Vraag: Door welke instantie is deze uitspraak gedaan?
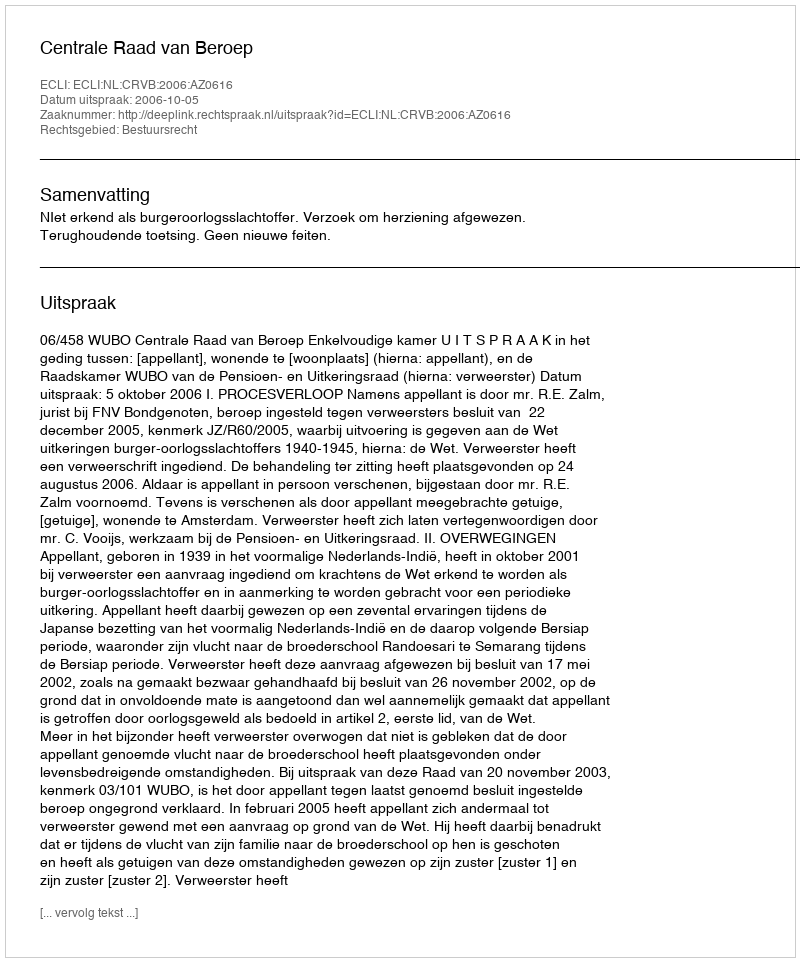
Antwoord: Centrale Raad van Beroep